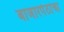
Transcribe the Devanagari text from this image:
बाजारपेठांचा